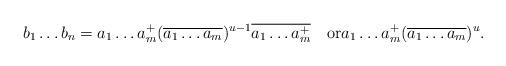
LaTeX: \begin{align*} b_1\ldots b_{n}=a_1\ldots a_m^+(\overline{a_1\ldots a_m})^{u-1}\overline{a_1\ldots a_m^+}\quad\textrm{or} a_1\ldots a_m^+(\overline{a_1\ldots a_m})^{u}. \end{align*}